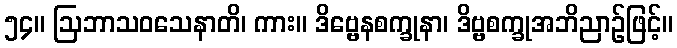
၅၄။ ဩဘာသဝသေနာတိ၊ ကား။ ဒိဗ္ဗေနစက္ခုနာ၊ ဒိဗ္ဗစက္ခုအဘိညာဉ်ဖြင့်။